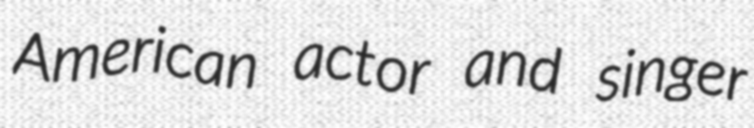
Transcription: American actor and singer